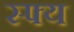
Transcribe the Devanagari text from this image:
स्फ्य